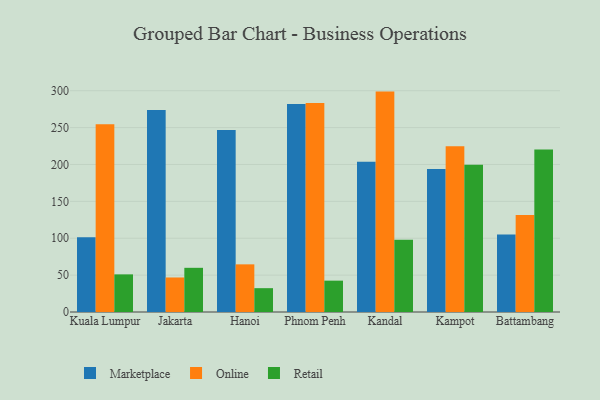
{"axis": {"x": "City", "y": "Waste Production (Tons)"}, "legend": ["Marketplace", "Online", "Retail"], "data": [{"x": "Kuala Lumpur", "y": 101.5, "type": "Marketplace"}, {"x": "Kuala Lumpur", "y": 254.4, "type": "Online"}, {"x": "Kuala Lumpur", "y": 51.0, "type": "Retail"}, {"x": "Jakarta", "y": 273.8, "type": "Marketplace"}, {"x": "Jakarta", "y": 46.8, "type": "Online"}, {"x": "Jakarta", "y": 59.9, "type": "Retail"}, {"x": "Hanoi", "y": 246.6, "type": "Marketplace"}, {"x": "Hanoi", "y": 64.6, "type": "Online"}, {"x": "Hanoi", "y": 32.3, "type": "Retail"}, {"x": "Phnom Penh", "y": 282.0, "type": "Marketplace"}, {"x": "Phnom Penh", "y": 283.5, "type": "Online"}, {"x": "Phnom Penh", "y": 42.5, "type": "Retail"}, {"x": "Kandal", "y": 203.6, "type": "Marketplace"}, {"x": "Kandal", "y": 298.8, "type": "Online"}, {"x": "Kandal", "y": 98.1, "type": "Retail"}, {"x": "Kampot", "y": 193.9, "type": "Marketplace"}, {"x": "Kampot", "y": 224.8, "type": "Online"}, {"x": "Kampot", "y": 199.5, "type": "Retail"}, {"x": "Battambang", "y": 104.9, "type": "Marketplace"}, {"x": "Battambang", "y": 131.4, "type": "Online"}, {"x": "Battambang", "y": 220.4, "type": "Retail"}]}